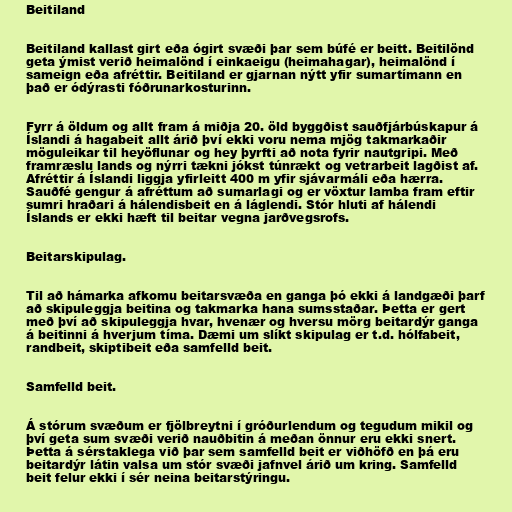
Beitiland

Beitiland kallast girt eða ógirt svæði þar sem búfé er beitt. Beitilönd
geta ýmist verið heimalönd í einkaeigu (heimahagar), heimalönd í
sameign eða afréttir. Beitiland er gjarnan nýtt yfir sumartímann en
það er ódýrasti fóðrunarkosturinn.

Fyrr á öldum og allt fram á miðja 20. öld byggðist sauðfjárbúskapur á
Íslandi á hagabeit allt árið því ekki voru nema mjög takmarkaðir
möguleikar til heyöflunar og hey þyrfti að nota fyrir nautgripi. Með
framræslu lands og nýrri tækni jókst túnrækt og vetrarbeit lagðist af.
Afréttir á Íslandi liggja yfirleitt 400 m yfir sjávarmáli eða hærra.
Sauðfé gengur á afréttum að sumarlagi og er vöxtur lamba fram eftir
sumri hraðari á hálendisbeit en á láglendi. Stór hluti af hálendi
Íslands er ekki hæft til beitar vegna jarðvegsrofs.

Beitarskipulag.

Til að hámarka afkomu beitarsvæða en ganga þó ekki á landgæði þarf
að skipuleggja beitina og takmarka hana sumsstaðar. Þetta er gert
með því að skipuleggja hvar, hvenær og hversu mörg beitardýr ganga
á beitinni á hverjum tíma. Dæmi um slíkt skipulag er t.d. hólfabeit,
randbeit, skiptibeit eða samfelld beit.

Samfelld beit.

Á stórum svæðum er fjölbreytni í gróðurlendum og tegudum mikil og
því geta sum svæði verið nauðbitin á meðan önnur eru ekki snert.
Þetta á sérstaklega við þar sem samfelld beit er viðhöfð en þá eru
beitardýr látin valsa um stór svæði jafnvel árið um kring. Samfelld
beit felur ekki í sér neina beitarstýringu.